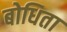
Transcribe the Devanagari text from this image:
बोधिता